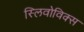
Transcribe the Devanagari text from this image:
स्लिवोविक्स